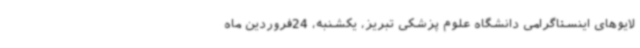
لایوهای اینستاگرامی دانشگاه علوم پزشکی تبریز، یکشنبه، 24فروردین ماه